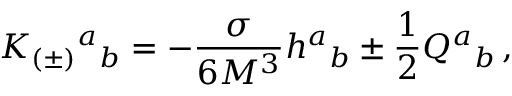
K _ { ( \pm ) } { } ^ { a } { } _ { b } = - { \frac { \sigma } { 6 M ^ { 3 } } } h ^ { a } { } _ { b } \pm \frac 1 2 Q ^ { a } { } _ { b } \, ,